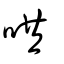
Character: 哄